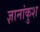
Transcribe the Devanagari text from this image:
ज्ञानांकुश